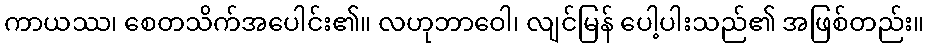
ကာယဿ၊ စေတသိက်အပေါင်း၏။ လဟုဘာဝေါ၊ လျင်မြန် ပေါ့ပါးသည်၏ အဖြစ်တည်း။